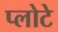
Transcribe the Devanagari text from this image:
प्लोटे